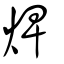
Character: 焷